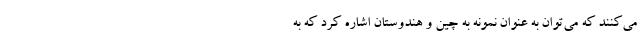
می‌کنند که می‌توان به عنوان نمونه به چین و هندوستان اشاره کرد که به